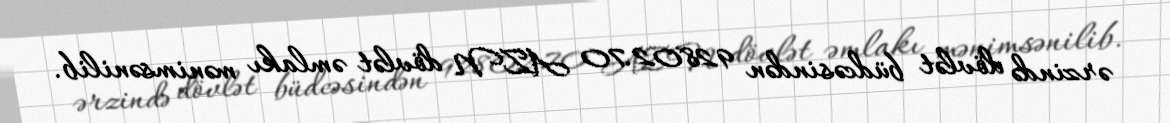
ərzində dövlət büdcəsindən 92802.70 AZN dövlət əmlakı mənimsənilib.